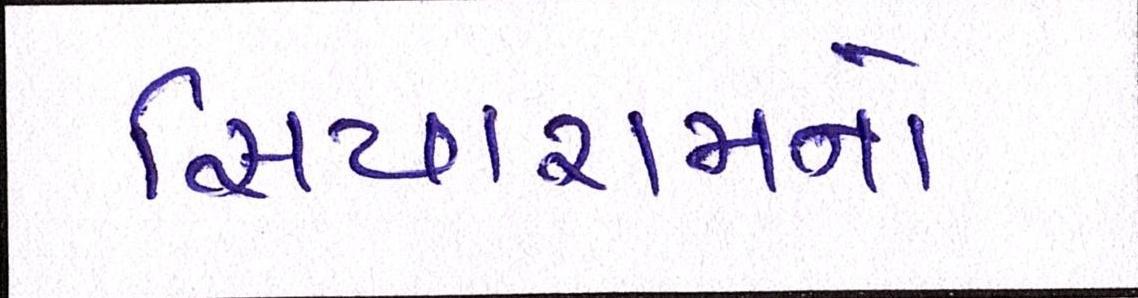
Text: સિયારામનો